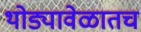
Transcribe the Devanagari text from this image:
थोड्यावेळातच